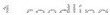
1 &